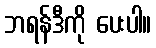
ဘရန်ဒီကို ပေးပါ။